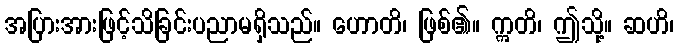
အပြားအားဖြင့်သိခြင်းပညာမရှိသည်။ ဟောတိ၊ ဖြစ်၏။ ဣတိ၊ ဤသို့။ ဆဟိ၊